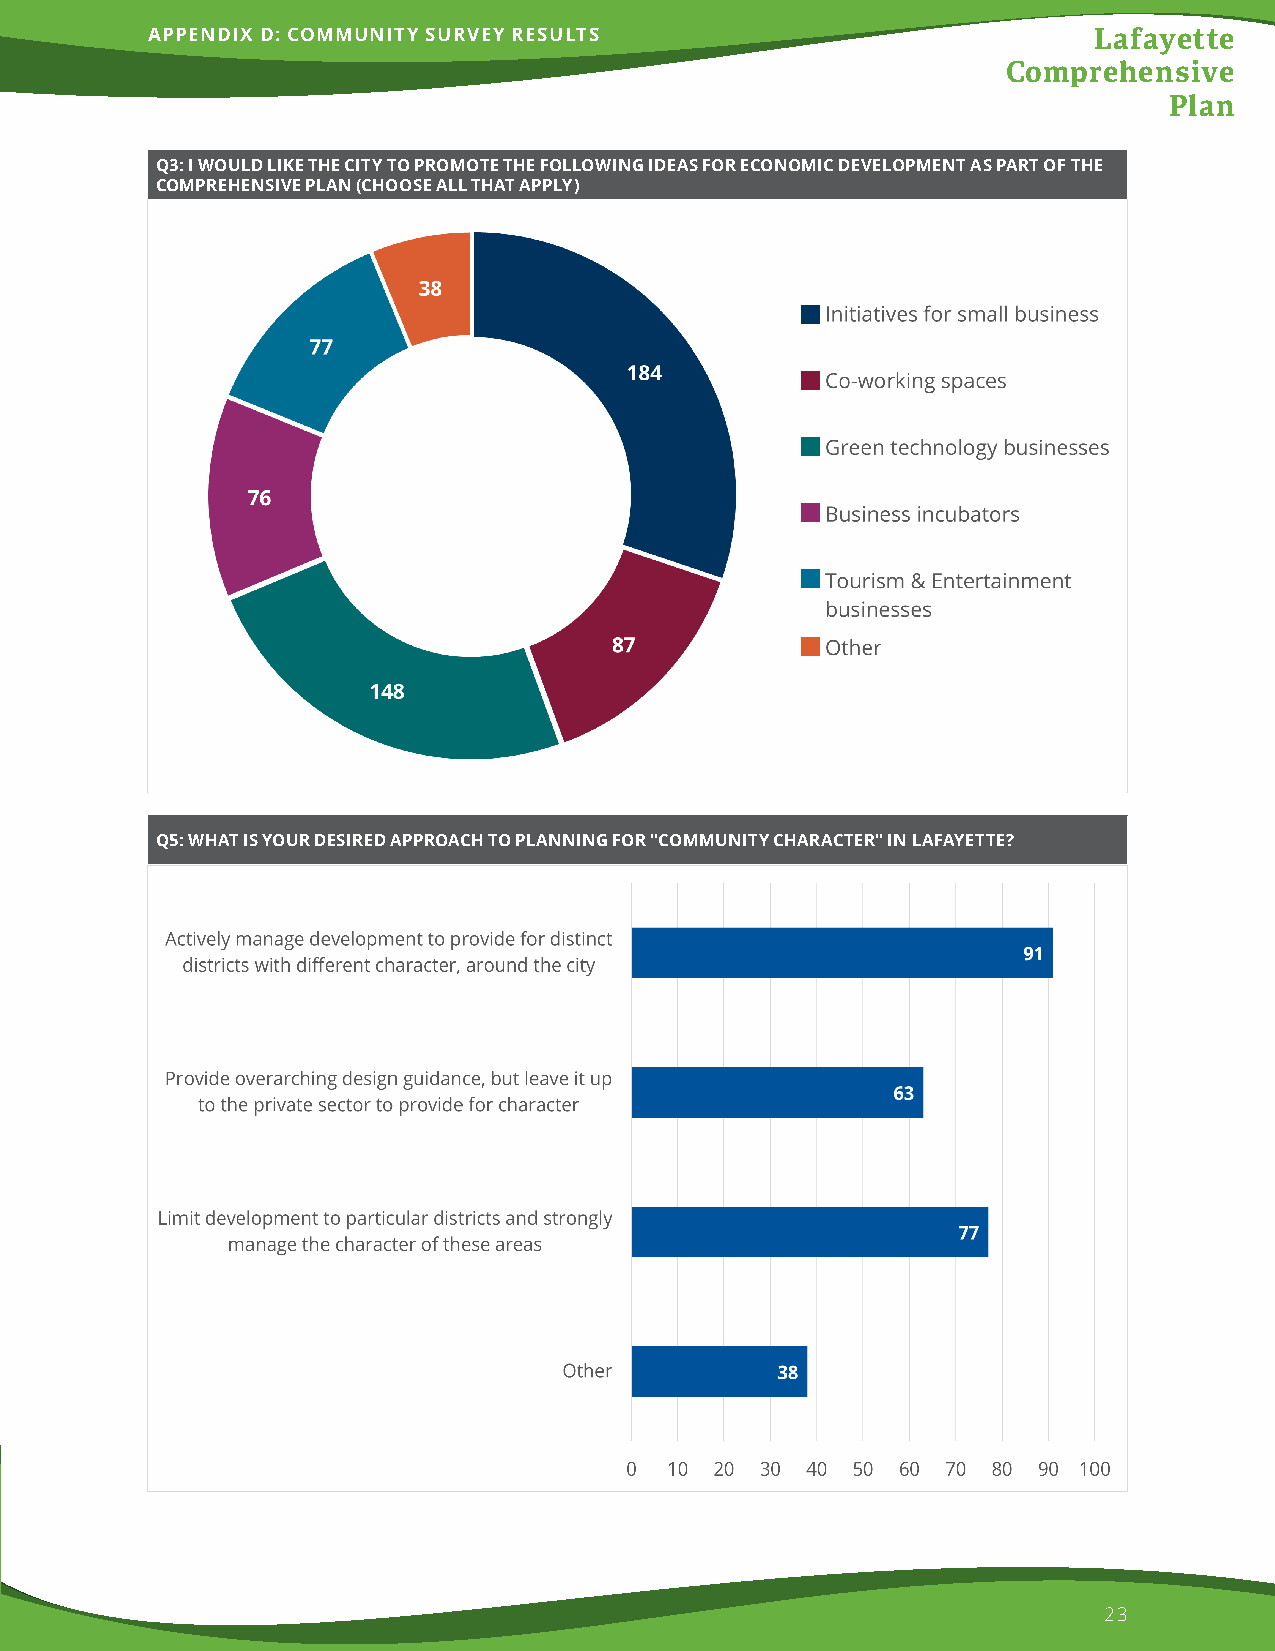
APPENDIX D: COMMUNITY SURVEY RESULTS                          Lafayette
 Comprehensive
 Plan
 Q3: I WOULD LIKE THE CITY TO PROMOTE THE FOLLOWING IDEAS FOR ECONOMIC DEVELOPMENT AS PART OF THE
 COMPREHENSIVE PLAN (CHOOSE ALL THAT APPLY)
 Q5: WHAT IS YOUR DESIRED APPROACH TO PLANNING FOR "COMMUNITY CHARACTER" IN LAFAYETTE?
 23